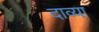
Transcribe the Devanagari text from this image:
दाव्या